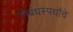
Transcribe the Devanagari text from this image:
निबंधस्पर्धांचे